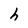
Character: h